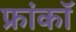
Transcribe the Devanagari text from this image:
फ्रांकॉ